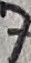
Text: 7